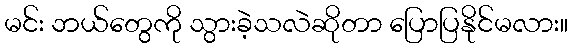
မင်း ဘယ်တွေကို သွားခဲ့သလဲဆိုတာ ပြောပြနိုင်မလား။